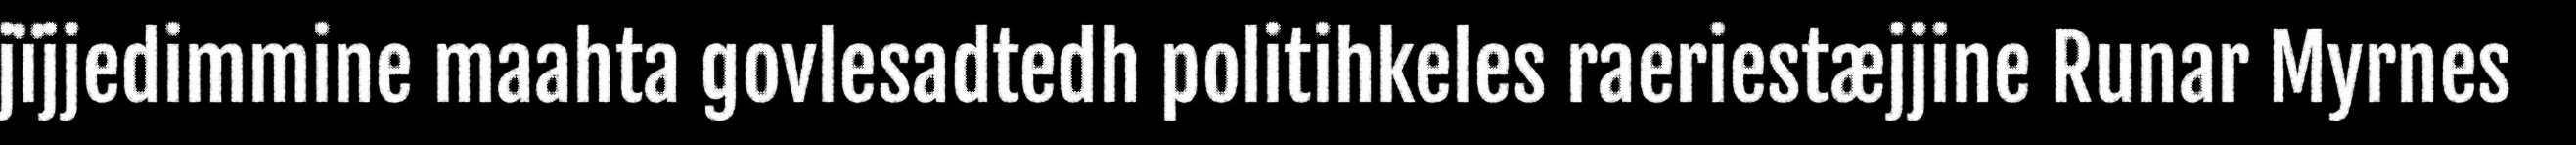
jïjjedimmine maahta govlesadtedh politihkeles raeriestæjjine Runar Myrnes